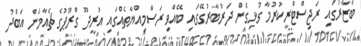
ބާޒާރުގައި ރަޖިސްޓްރީކުރުމާ ގުޅިގެން ދަރުބާރުގޭގައި ބޭއްވި ރަސްމިއްޔާތެއްގައި އުރީދޫ ގްރޫޕުގެ ޗެއާމަން އަބްދު